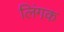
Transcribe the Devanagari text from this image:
लिंगक